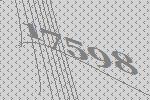
17598